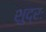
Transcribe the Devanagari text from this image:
शुद्रः